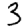
Digit: 3